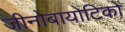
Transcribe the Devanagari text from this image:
जीनोबायोटिकों